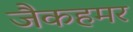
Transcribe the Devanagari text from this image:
जैकहमर